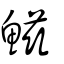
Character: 鰦